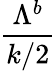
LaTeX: \frac{{\Lambda}^{b}}{k/2}